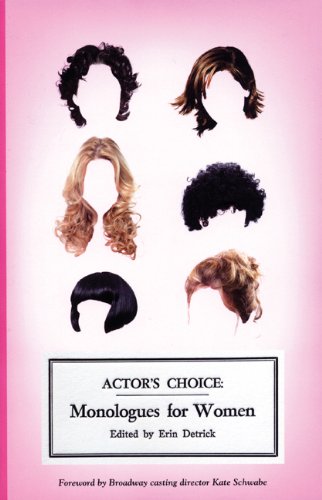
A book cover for Actor's Choice: Monologues for Women; Literature & Fiction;